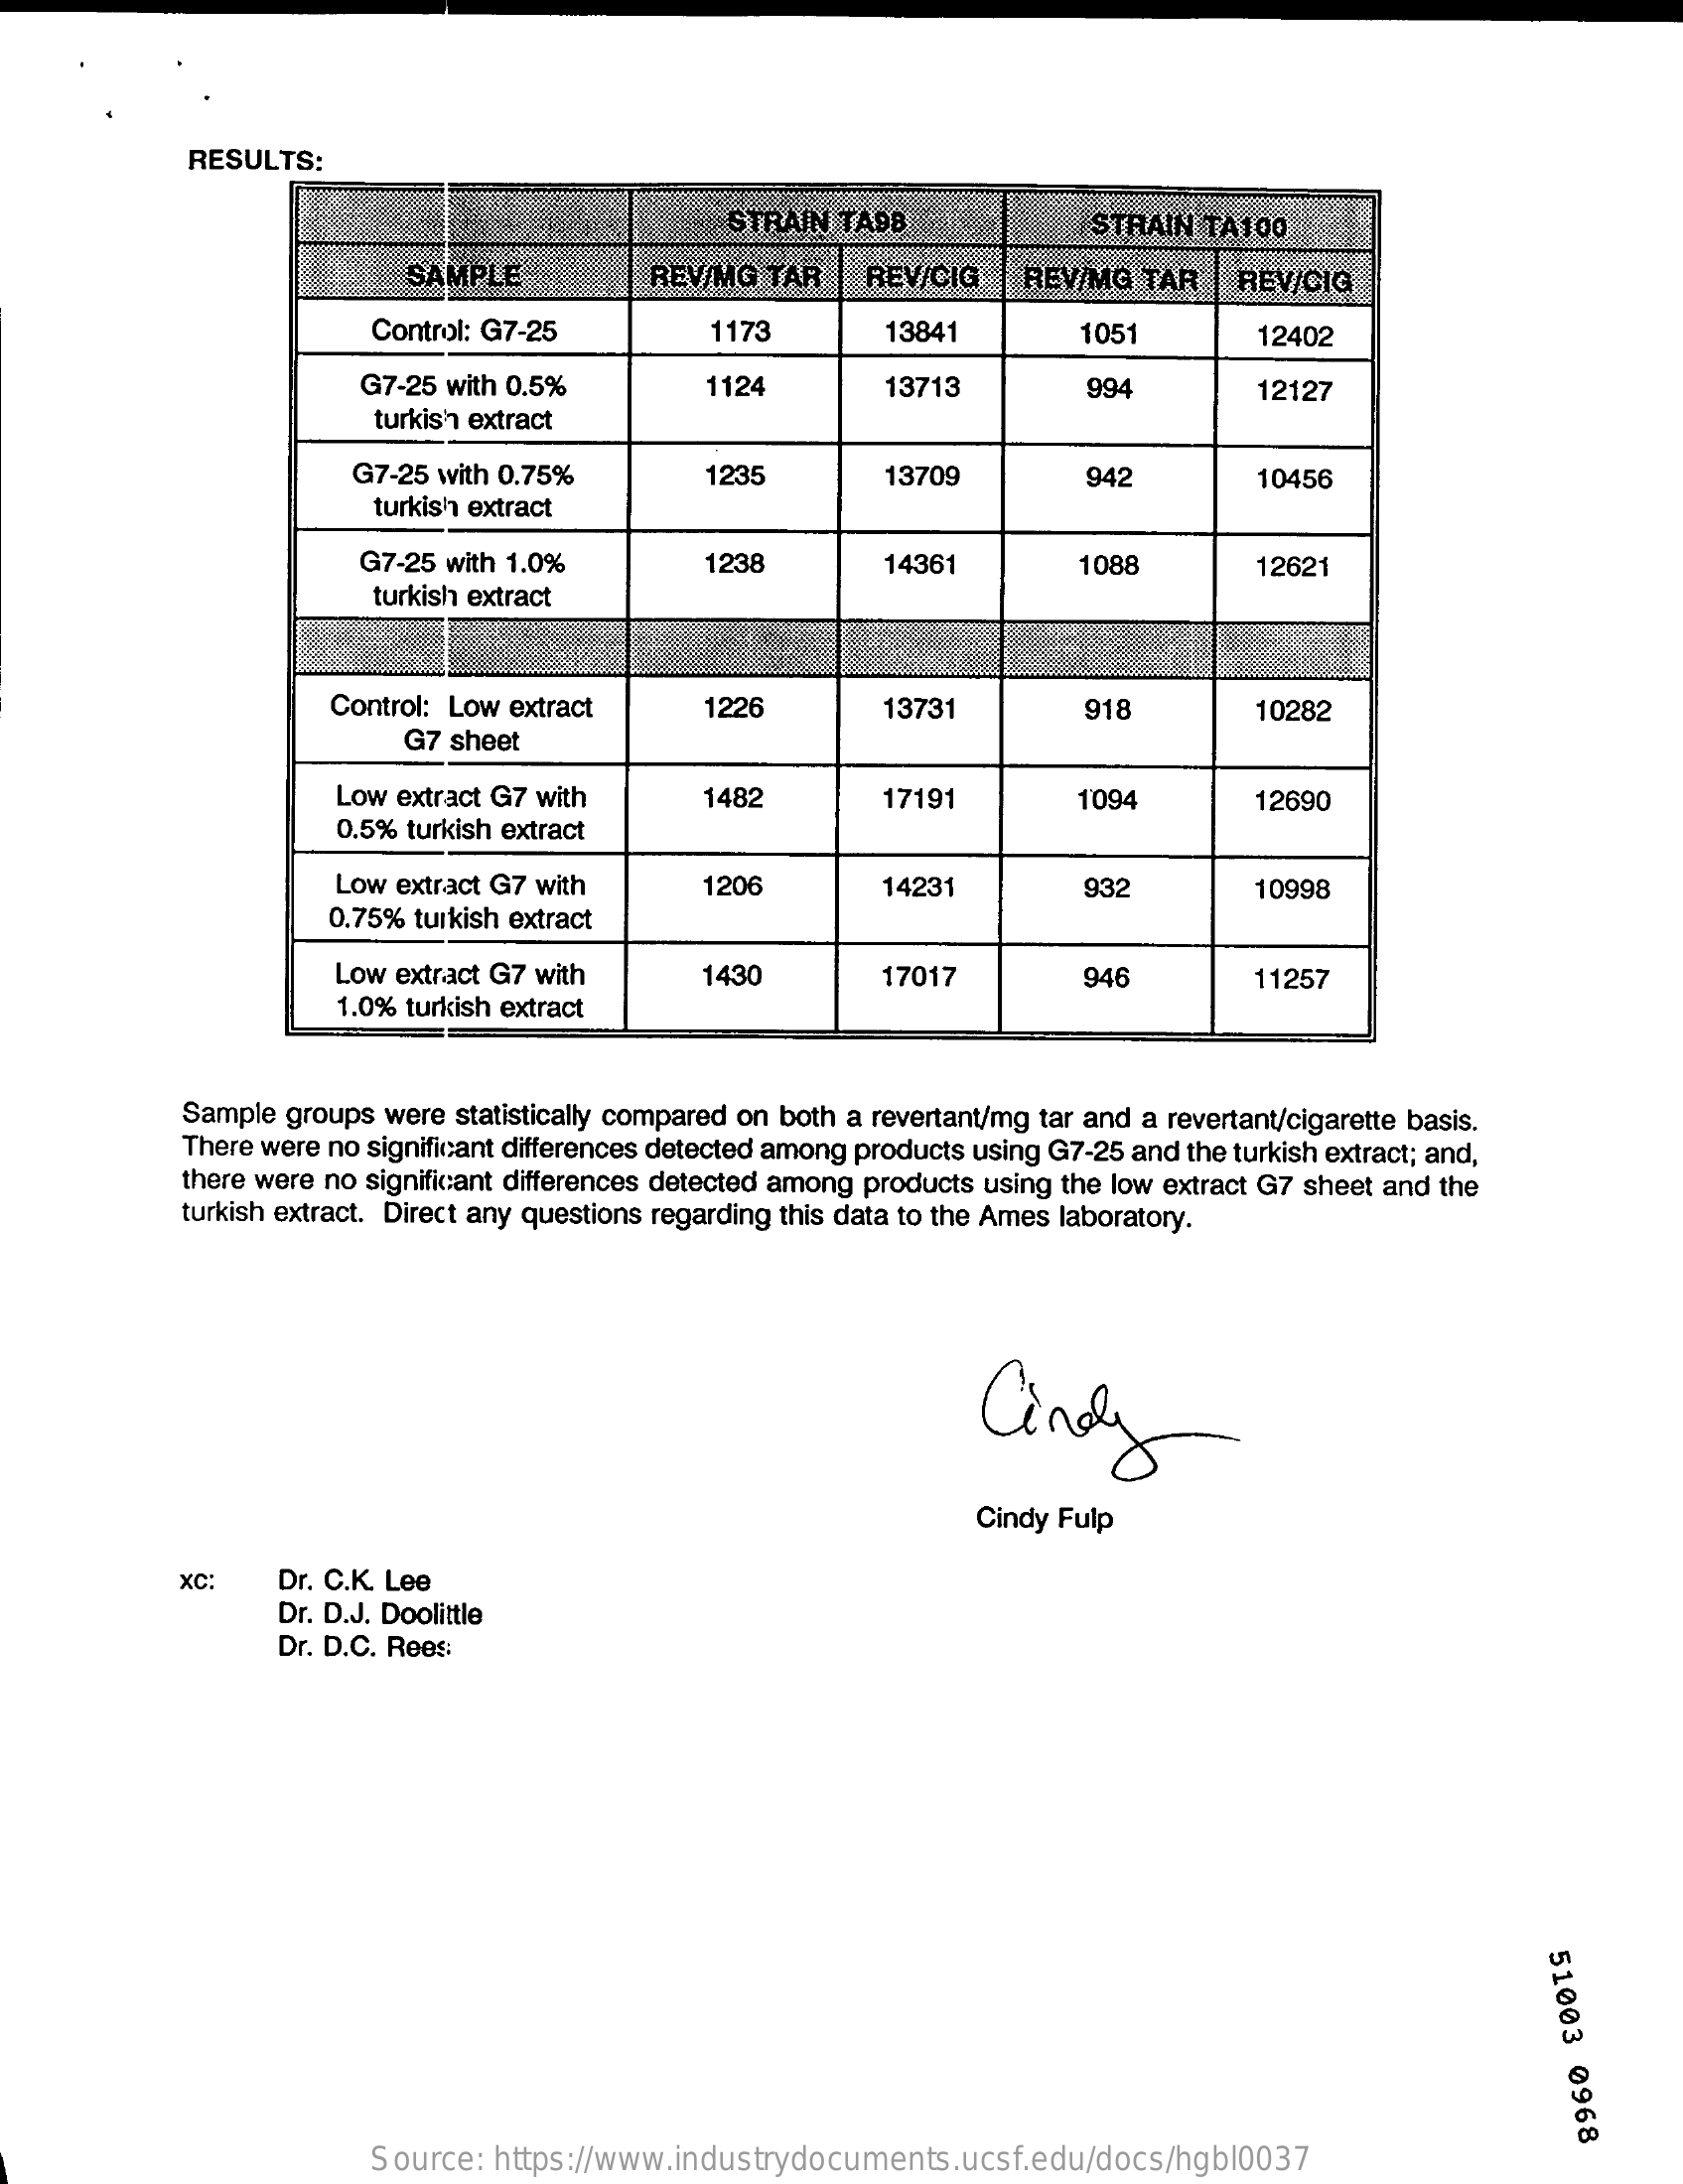
RESULTS:
     STRAIN TA9B    STRAIN  TA100
     SAMPLE    REV/MG  TAR   REV/CIG    REV/MG  TAR   REV/CIG
     Control: G7-25    1173    13841    1051    12402
     G7-25 with 0.5%    1124    13713    994
     turkish extract
     12127
     G7-25 with 0.75%    1235    13709    942
     turkish extract
     10456
     G7-25 with 1.0%    1238    14361    1088    12621
     turkish extract
     Control: Low extract    1226    13731
     G7 sheet
     918    10282
     Low extract G7 with    1482    17191    1094
     0.5% turkish extract
     12690
     Low extract G7 with    1206
     0.75% turkish extract
     14231    932    10998
     Low extract G7 with    1430    17017    946
     1.0% turkish extract
     11257
     Sample groups were statistically compared on both a revertant/mg tar and a revertant/cigarette basis.
     There were no significant differences detected among products using G7-25 and the turkish extract; and,
     there were no significant differences detected among products using the low extract G7 sheet and the
     turkish extract. Direct any questions regarding this data to the Ames laboratory.
     Cindy
     Cindy Fulp
     Xc:    Dr. C.K. Lee
     Dr. D.J. Doolittle
     Dr. D.C. Rees:
     51003
     0968
     Source:  https://www.industrydocuments.ucsf.edu/docs/hgbl0037